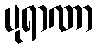
ပုရာဏာ